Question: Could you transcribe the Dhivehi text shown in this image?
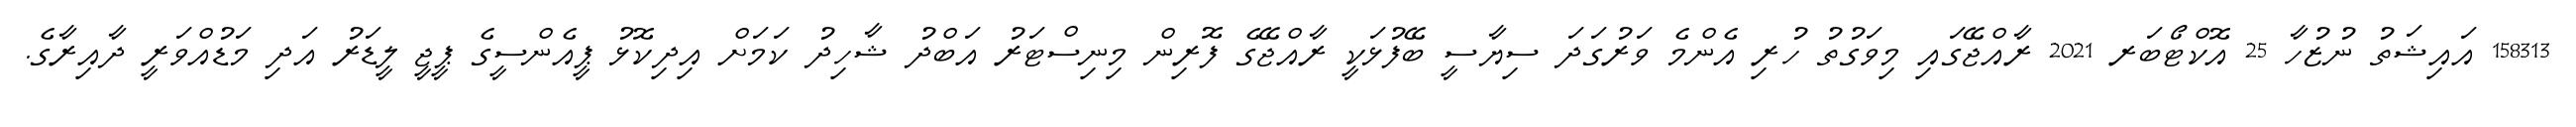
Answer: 158313 އައިޝަތު ނުޒުހާ 25 އޮކްޓޯބަރ 2021 ރާއްޖޭގައި މިވަގުތު ހުރި އެންމެ ވަރުގަދަ ސިޔާސީ ބޭފުޅަކީ ރާއްޖޭގެ ފޮރިން މިނިސްޓަރު އަބްދު ޝާހިދު ކަމަށް އިދިކޮޅު ޕީއެންސީގެ ޕީޖީ ލީޑަރު އަދި މަޑުއްވަރީ ދާއިރާގެ.